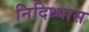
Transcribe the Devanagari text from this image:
निदिध्यास